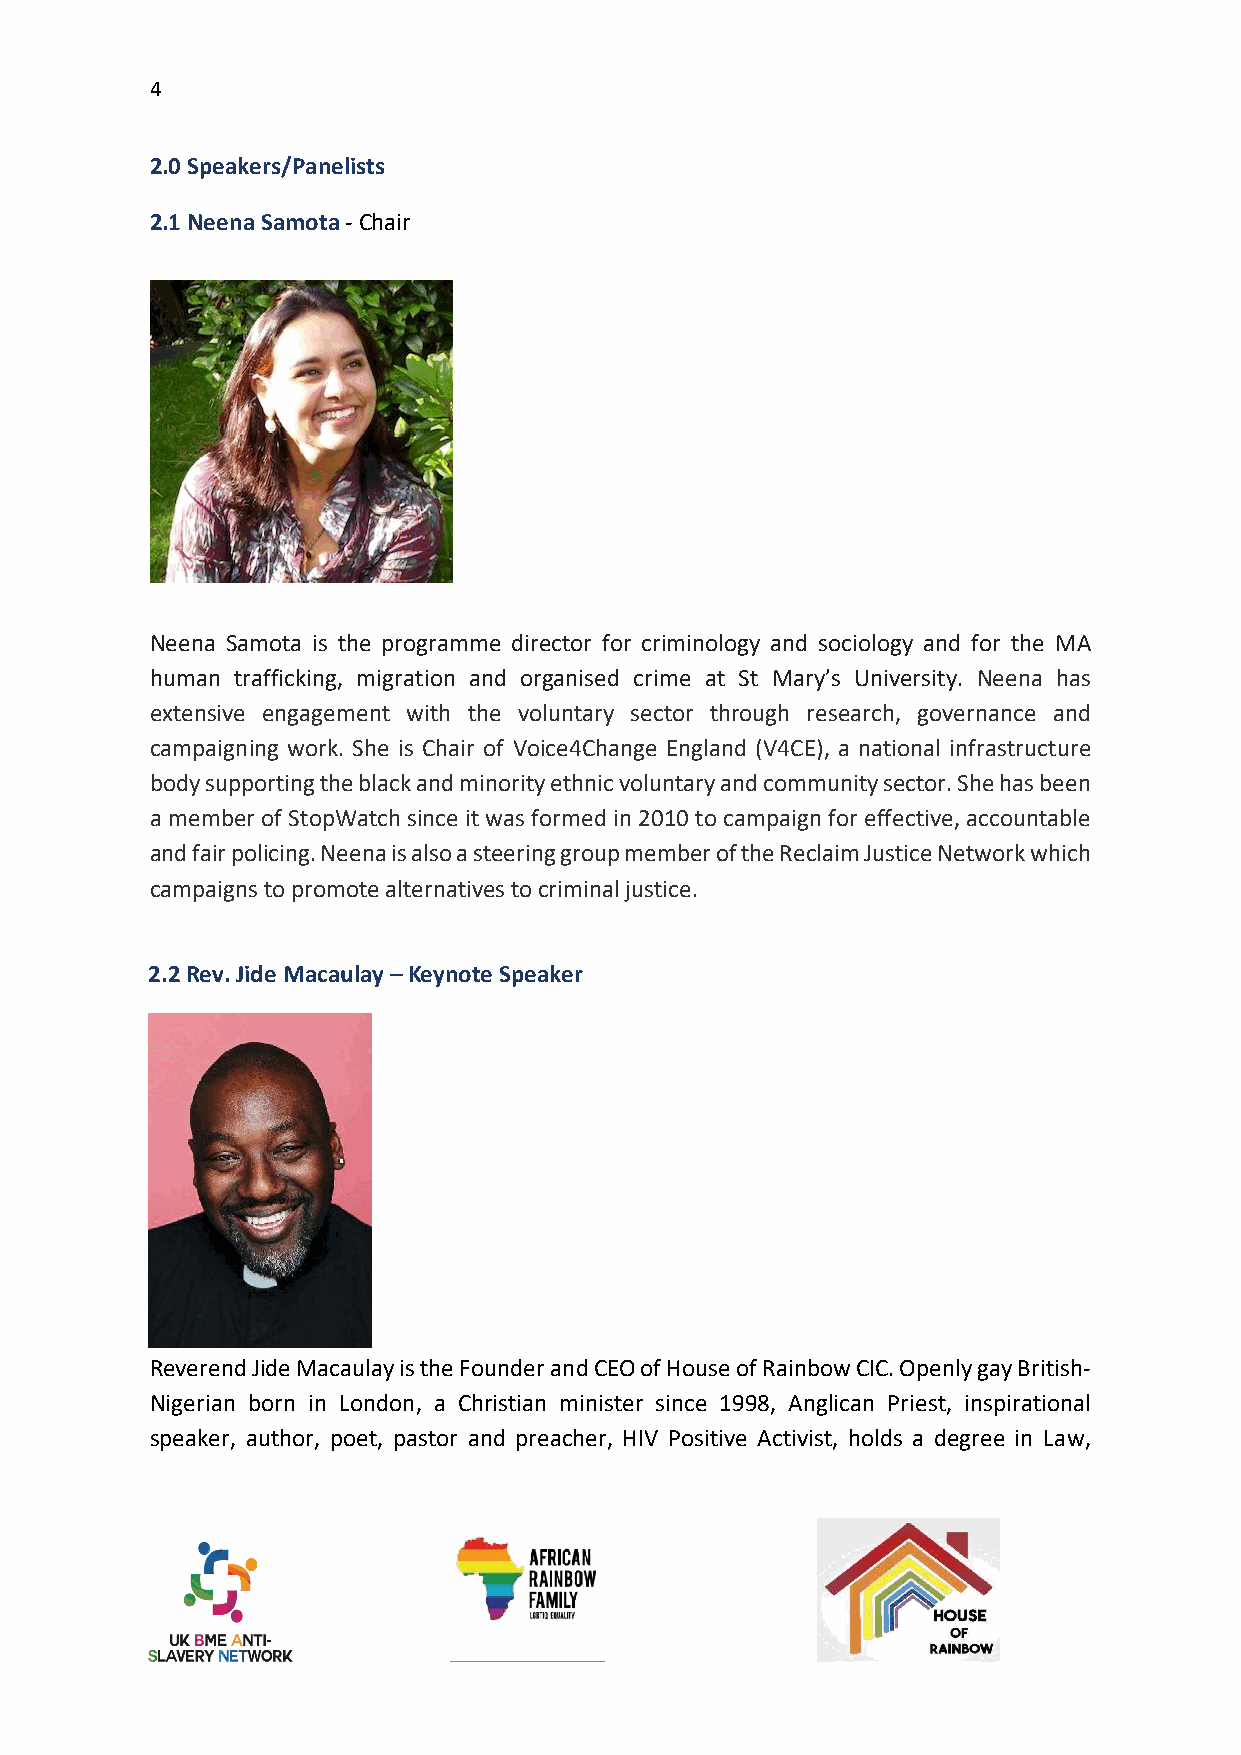
4
 2.0 Speakers/Panelists
 2.1 Neena Samota - Chair
 Neena Samota is the programme director for criminology and sociology and for the MA
 human trafficking, migration and organised crime at St Mary’s University. Neena has
 extensive engagement with the voluntary sector through research, governance and
 campaigning work. She is Chair of Voice4Change England (V4CE), a national infrastructure
 body supporting the black and minority ethnic voluntary and community sector. She has been
 a member of StopWatch since it was formed in 2010 to campaign for effective, accountable
 and fair policing. Neena is also a steering group member of the Reclaim Justice Network which
 campaigns to promote alternatives to criminal justice.
 2.2 Rev. Jide Macaulay – Keynote Speaker
 Reverend Jide Macaulay is the Founder and CEO of House of Rainbow CIC. Openly gay British-
 Nigerian born in London, a Christian minister since 1998, Anglican Priest, inspirational
 speaker, author, poet, pastor and preacher, HIV Positive Activist, holds a degree in Law,